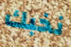
نخبك